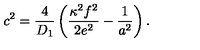
c ^ { 2 } = \frac { 4 } { D _ { 1 } } \left( \frac { \kappa ^ { 2 } f ^ { 2 } } { 2 e ^ { 2 } } - \frac { 1 } { a ^ { 2 } } \right) .